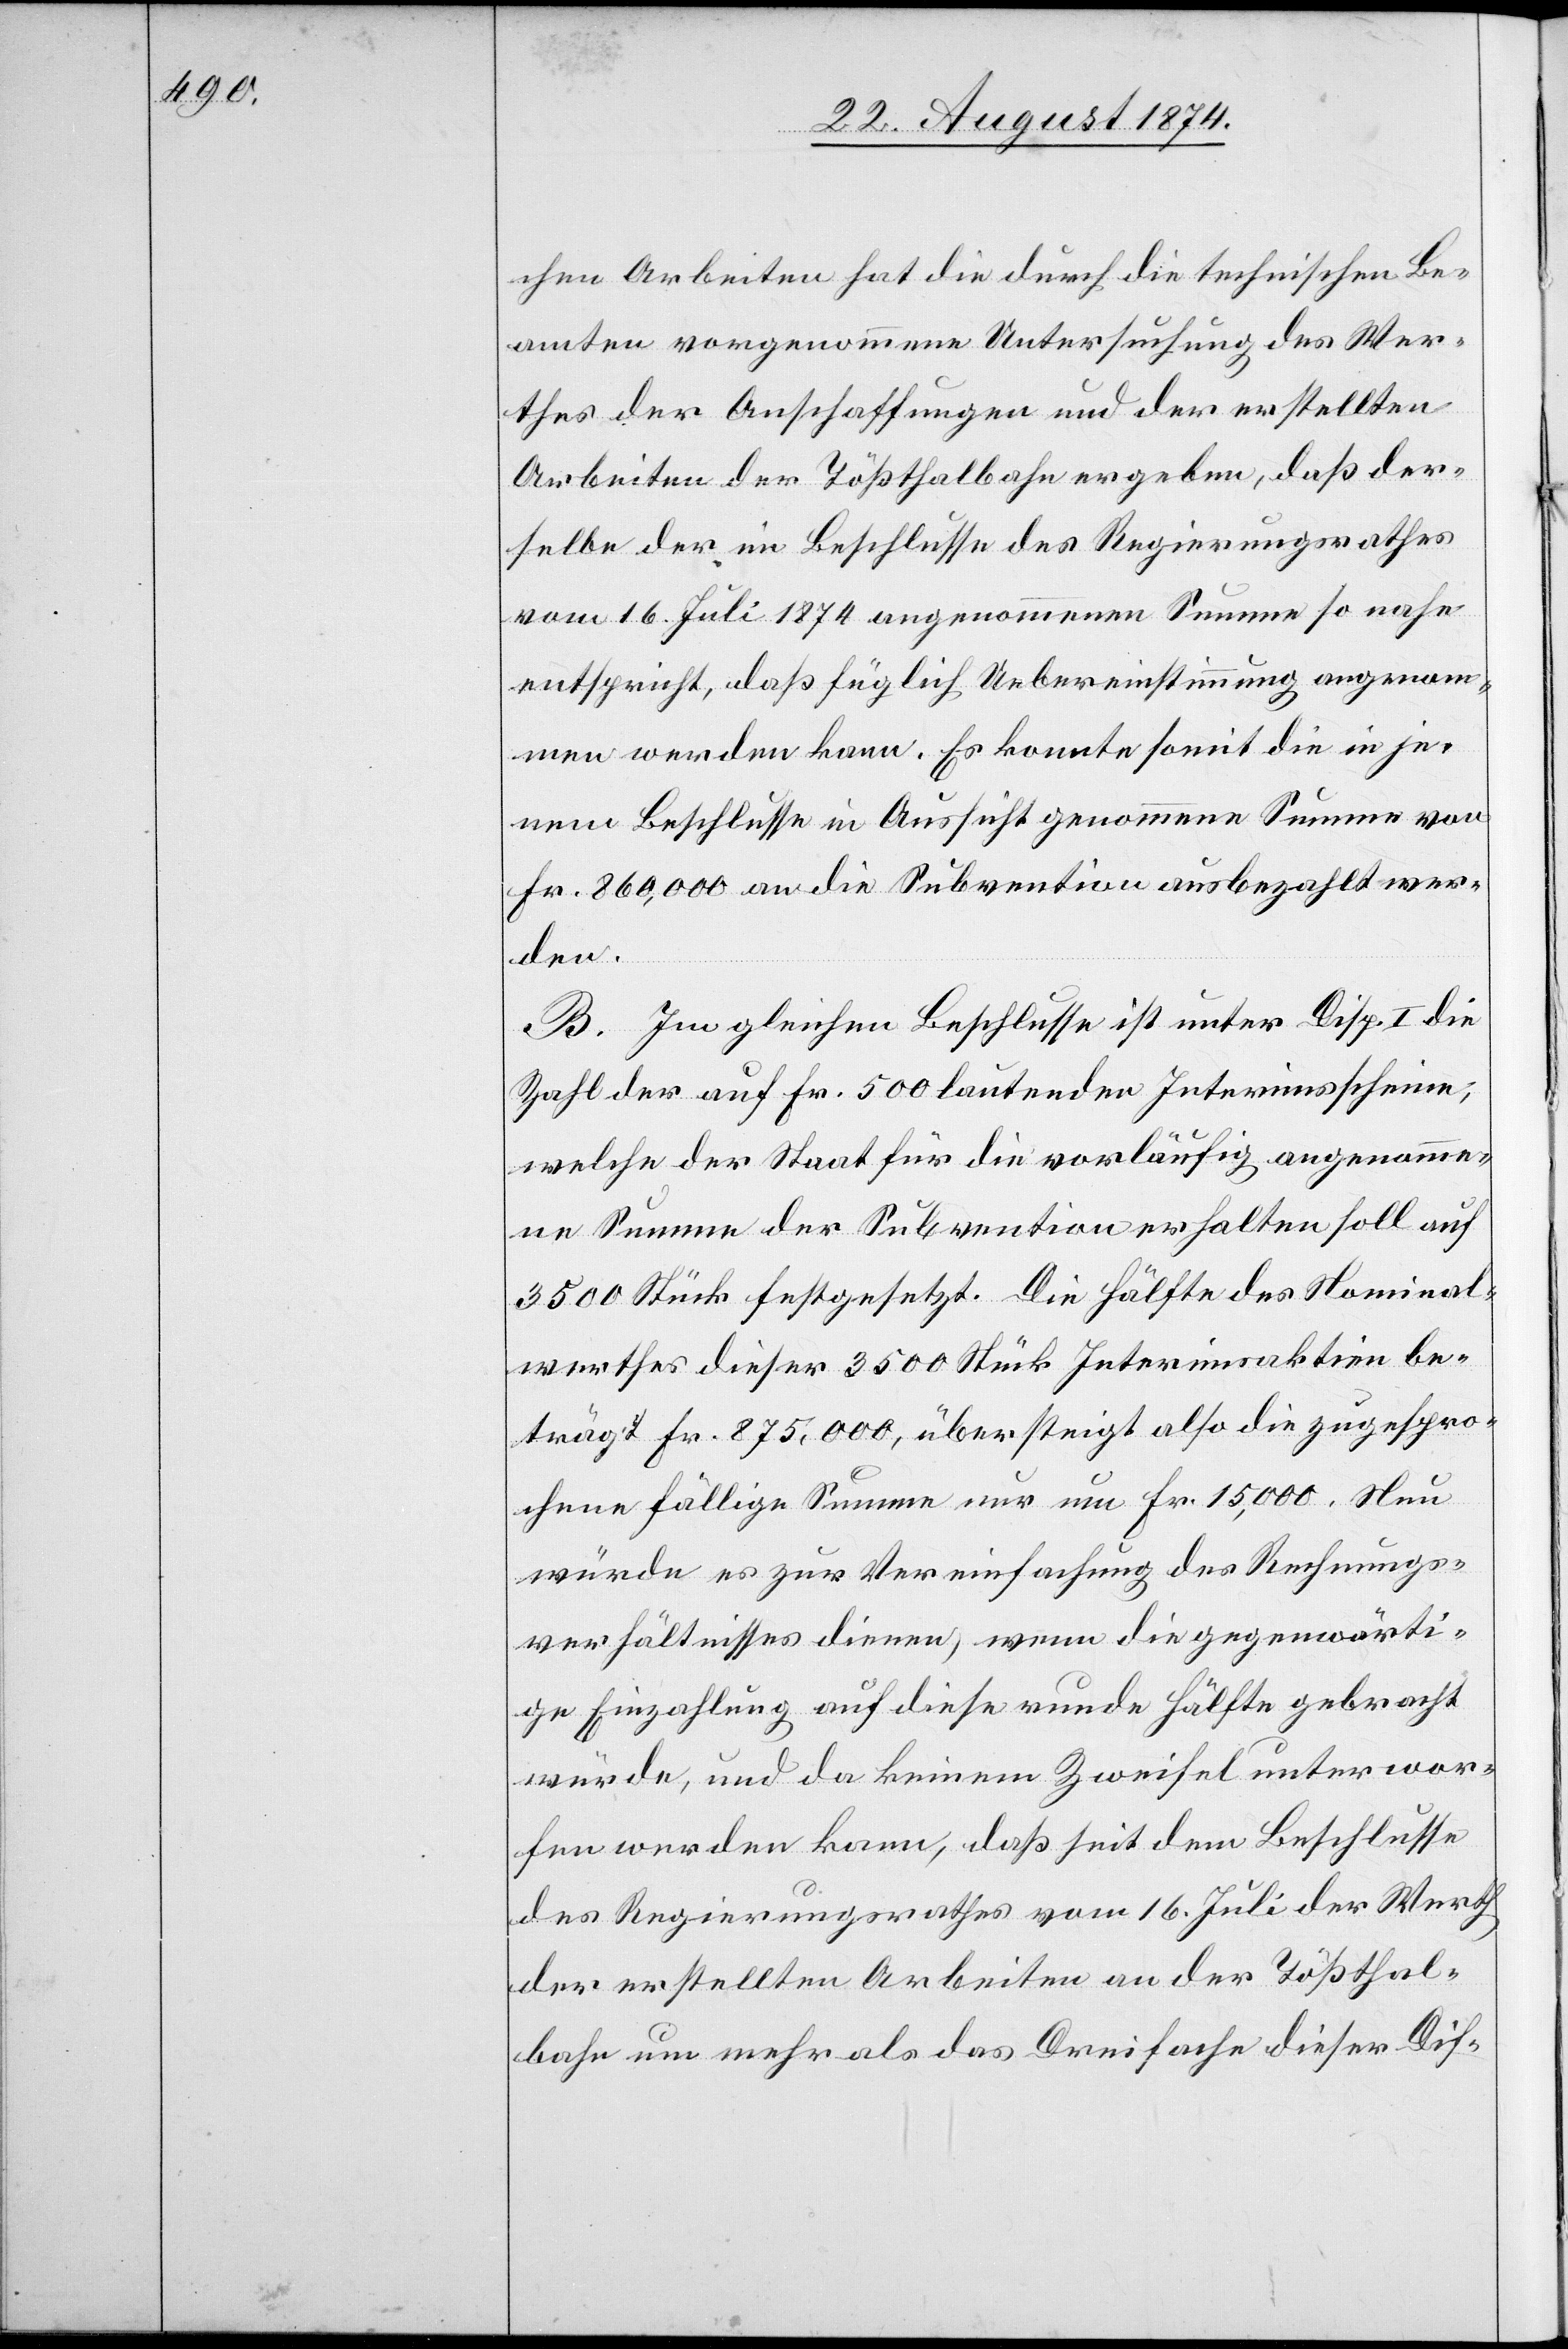
chen Arbeiten hat die durch die technischen Be¬
amten vorgenommene Untersuchung des Wer¬
thes der Anschaffungen und der erstellten
Arbeiten der Tößthalbahn ergeben, daß der¬
selbe der im Beschlusse des Regierungsrathes
vom 16. Juli 1874 angenommenen Summe so nahe
entspricht, daß füglich Uebereinstimmung angenom¬
men werden kann. Es konnte somit die in je¬
nem Beschlusse in Aussicht genommene Summe von
Fr. 860,000 an die Subvention ausbezahlt wer¬
den.
B. Im gleichen Beschlusse ist unter Disp. I. die
Zahl der auf Fr. 500 lautenden Interimsscheine,
welche der Staat für die vorläufig angenomme¬
ne Summe der Subvention erhalten soll auf
3500 Stück festgesetzt. Die Hälfte des Nominal¬
werthes dieser 3500 Stück Interimsaktien be¬
trägt Fr. 875,000, übersteigt also die zugespro¬
chene fällige Summe nur um Fr. 15,000. Neu
würde es zur Vereinfachung des Rechnungs¬
verhältnisses dienen, wenn die gegenwärti¬
ge Einzahlung auf diese runde Hälfte gebracht
würde, und da keinem Zweifel unterwor¬
fen werden kann, daß seit dem Beschlusse
des Regierungsrathes vom 16. Juli der Werth
der erstellten Arbeiten an der Tößthal¬
bahn um mehr als das Dreifache dieser Dif-